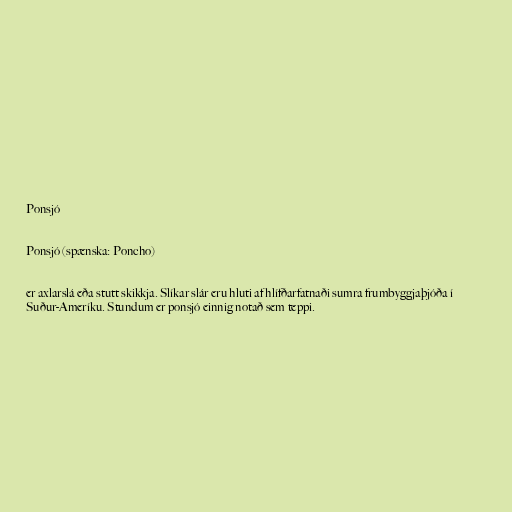
Ponsjó

Ponsjó (spænska: Poncho)

er axlarslá eða stutt skikkja. Slíkar slár eru hluti af hlífðarfatnaði sumra frumbyggjaþjóða í
Suður-Ameríku. Stundum er ponsjó einnig notað sem teppi.